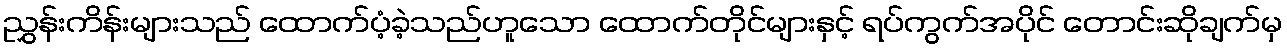
ညွှန်းကိန်းများသည် ထောက်ပံ့ခဲ့သည်ဟူသော ထောက်တိုင်များနှင့် ရပ်ကွက်အပိုင် တောင်းဆိုချက်မှ